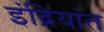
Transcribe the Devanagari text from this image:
इंद्रियांत